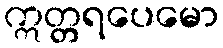
ဣတ္တရပေမော